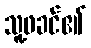
သူ့ဖခင်၏